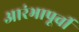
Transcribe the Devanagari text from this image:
आरंभापूर्वी